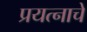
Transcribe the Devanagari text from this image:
प्रयत्नाचे